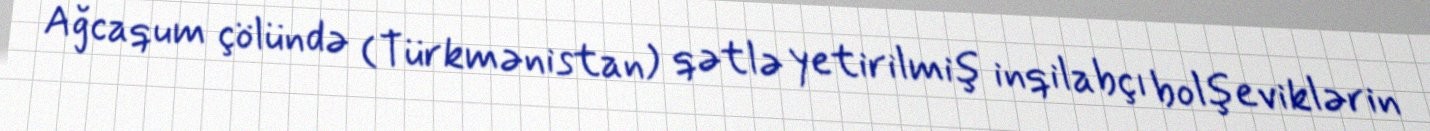
Ağcaqum çölündə (Türkmənistan) qətlə yetirilmiş inqilabçı bolşeviklərin